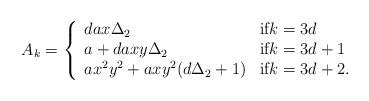
LaTeX: \begin{align*}A_k = \left\{ \begin{array}{ll} dax\Delta_2 & \mbox{{if}$k=3d$}\\ a + daxy\Delta_2 & \mbox{if$k=3d+1$}\\ ax^2y^2+axy^2(d\Delta_2+1) & \mbox{if$k=3d+2$}.\end{array} \right.\end{align*}